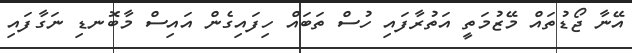
އޭނާ ޖޯޑުތައް މޭޒުމަތީ އަތުރާފައި ހުސް ތަބައް ހިފައިގެން އައިސް މާބޮނޑި ނަގާފައި